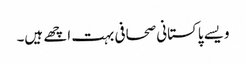
ویسے پاکستانی صحافی بہت اچھے ہیں۔